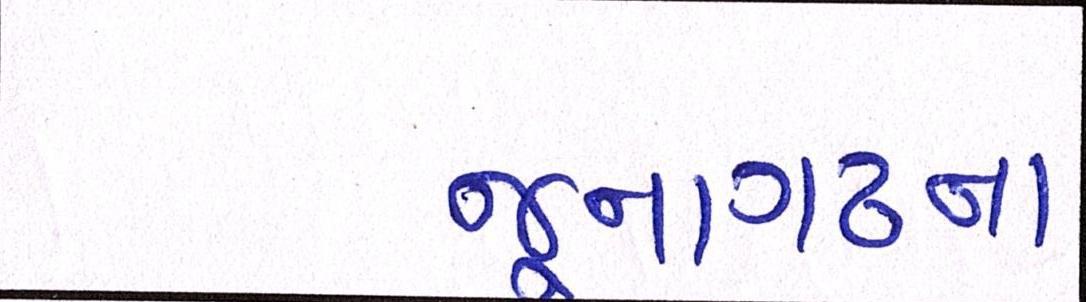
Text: જુનાગઢના